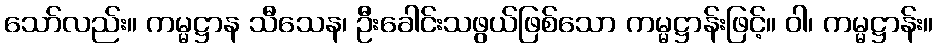
သော်လည်း။ ကမ္မဋ္ဌာန သီသေန၊ ဦးခေါင်းသဖွယ်ဖြစ်သော ကမ္မဋ္ဌာန်းဖြင့်။ ဝါ၊ ကမ္မဋ္ဌာန်း။